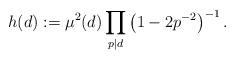
LaTeX: \begin{align*}h(d):=\mu^2(d)\prod_{p\mid d}\left(1-2p^{-2}\right)^{-1}.\end{align*}